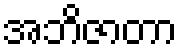
အဘိဇာတာ